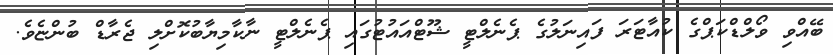
ބޭއްވި ވޯލްޑްކަޕްގެ ކުއާޓަރަ ފައިނަލުގެ ޕެނެލްޓީ ޝޫޓްއައުޓުގައި ޕެނެލްޓީ ނާކާމިޔާބުކޮށްލި ޖެރާޑް ބުންޏެވެ.